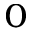
^ { 0 }